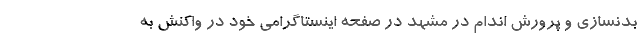
بدنسازی و پرورش اندام در مشهد در صفحه اینستاگرامی خود در واکنش به